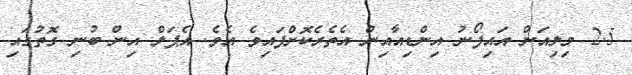
2.5 މިލިއަން އައިފޯނު އިންޑިއާއިން އެތެރެކޮށްފައިވެ އެވެ. އެޕަލް އިން ބުނި ގޮތުގައި